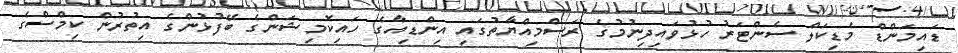
ޑައިމަންޑް މެޑިކަލް ސެންޓަރު ހުޅުވައިދިނުމުގެ ރަސްމިއްޔާތުގައި އިންޑިއާގެ ހައިކޮމިޝަންގެ ބޭފުޅުންގެ އިތުރުން ކިމްސްގެ